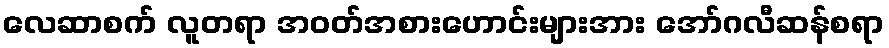
လေဆာစက် လူတရာ အဝတ်အစားဟောင်းများအား အော်ဂလီဆန်စရာ